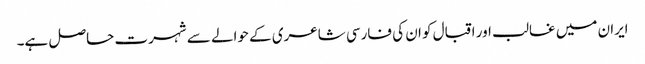
ایران میں غالب اور اقبال کو ان کی فارسی شاعری کے حوالے سے شہرت حاصل ہے۔